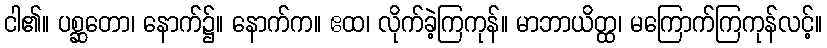
ငါ၏။ ပစ္ဆတော၊ နောက်၌။ နောက်က။ ဧထ၊ လိုက်ခဲ့ကြကုန်။ မာဘာယိတ္ထ၊ မကြောက်ကြကုန်လင့်။